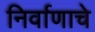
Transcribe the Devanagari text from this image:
निर्वाणाचे